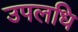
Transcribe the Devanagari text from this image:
उपलधि